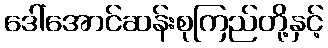
ဒေါ်အောင်ဆန်းစုကြည်တို့နှင့်